Newspaper: The Greenville times. [volume]
Place of publication: Greenville, Miss.
Publisher: [publisher not identified]
Date: 1900-07-28 00:00:00
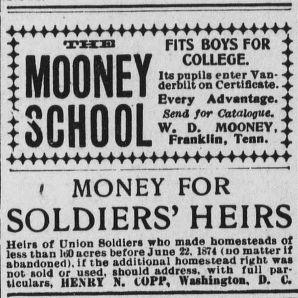
Advertisement text (OCR):
MOONEY FITS BUYS fUK T COLLEGE. I It. pupils enter Van derDllt on Certificate. Every Advantage. Send for Catalogue. T W. D. MOONEY, I Franklin, Tenn. i MONEY FOR SOLDIERS' HEIRS Heir, of Dnlon Boldleri who made homesteads ot less than lt acres before June B. 1S7 up mutter If abandonedl. If the additional homestead rliihl was not sold or used, should address, with full par tin,i.. UEKT It. lOPr". nashlnalon. D. &
Label: text-only